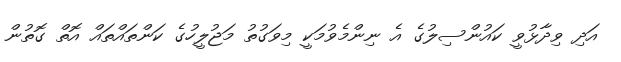
އަދި ވިދާޅުވީ ކައުންސިލުގެ އެ ނިންމެވުމަކީ މިވަގުތު މަޖުލީހުގެ ކަންތައްތައް އޮތް ގޮތުން